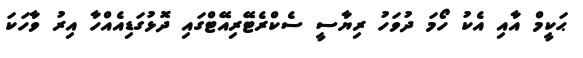
ޙަކީމް އާއި އެކު ހޯމަ ދުވަހު ރިޔާސީ ސެކްރެޓޭރިއޭޓްގައި ދޮޅުގަޑިއެއްހާ އިރު ވާހަކަ